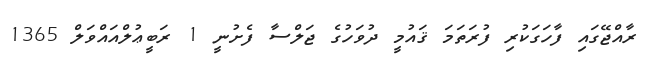
ރާއްޖޭގައި ފާހަގަކުރި ފުރަތަމަ ޤައުމީ ދުވަހުގެ ޖަލްސާ ފެށުނީ 1 ރަބީޢުލްއައްވަލް 1365